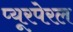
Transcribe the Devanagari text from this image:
प्यूरपेरल